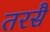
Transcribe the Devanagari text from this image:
तरसै